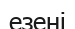
езені